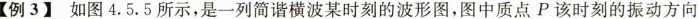
【例3 】如图4.5.5所示,是一列简谐横波某时刻的波形图,图中质点 P该时刻的振动方向